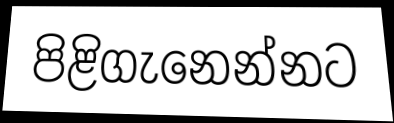
පිළිගැනෙන්නට